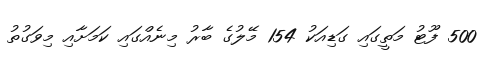
500 ފޫޓު މަތީގައި ގަޑިއަކު 154 މޭލުގެ ބާރު މިނެއްގައި ކަމަށާއި މިވަގުތު